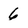
Character: 6